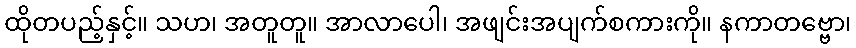
ထိုတပည့်နှင့်။ သဟ၊ အတူတူ။ အာလာပေါ၊ အဖျင်းအပျက်စကားကို။ နကာတဗ္ဗော၊